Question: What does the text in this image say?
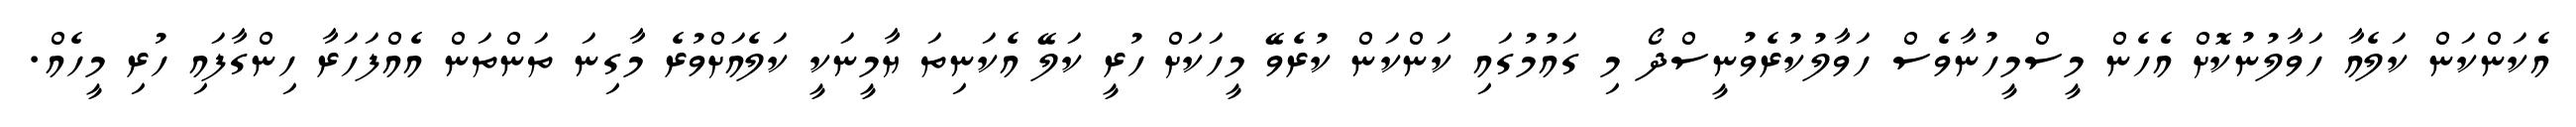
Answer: އެކަންކަން ކަލެއާ ހަވާލުނުކޮށް އެހެން މީސްމީހުނާވެސް ހަވާލުކުރެވުނީސްދޯ މި ގައުމުގައި ކަންކަން ކުރެވޭ މީހަކަށް ހުރީ ކަލޭ އެކަނިތަ ޔާމީނަކީ ކަލެއަށްވުރެ މާގިނަ ތަންތަން އެއްފަހަރާ ހިންގާފައި ހުރި މީހެއް.